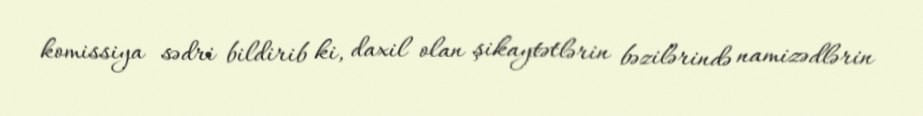
komissiya sədri bildirib ki, daxil olan şikaytətlərin bəzilərində namizədlərin